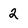
Character: 2